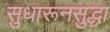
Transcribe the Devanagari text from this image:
सुधारूनसुद्धा